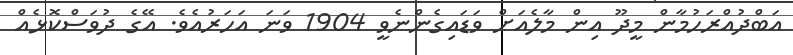
އަބްދުއްރަހުމާން މީދޫ އިން މާލެއަށް ވަޑައިގެންނެވީ 1904 ވަނަ އަހަރުއެވެ. އޭގެ ދުވަސްކޮޅެއް